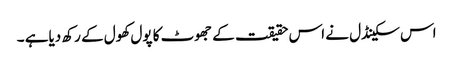
اس سکینڈل نے اس حقیقت کے جھوٹ کا پول کھول کے رکھ دیاہے ۔